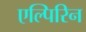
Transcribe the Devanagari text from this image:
एल्पिरिन